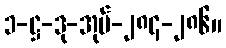
၁-ဋ္ဌ-ဒု-အုပ်-၂၈၄-၂၈၆။